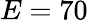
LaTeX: E=70